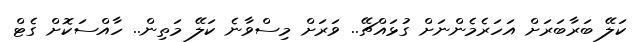
ކަލޭ ބަރާބަރަށް އަހަރެމެންނަށް ގުޅައްޗޭ.. ވަރަށް މިސްވާނެ ކަލޭ މަތިން.. ހާއްސަކޮށް ގެޓް